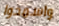
واسمحوا